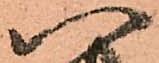
八